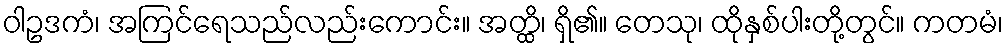
ဝါဥဒကံ၊ အကြင်ရေသည်လည်းကောင်း။ အတ္ထိ၊ ရှိ၏။ တေသု၊ ထိုနှစ်ပါးတို့တွင်။ ကတမံ၊